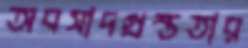
অবসাদগ্রস্ততার